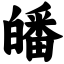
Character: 皤